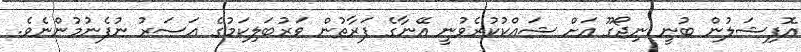
އޮފިޝަލުން ބުނީ ނިޖޯގޫ އަށް ޝައްކުކުރެވުނީ އޭނާގެ ފަރާތުން ވަރުބަލިކަމުގެ އަސަރު ނުފެނުމުންނެވެ.